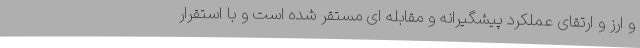
و ارز و ارتقای عملکرد پیشگیرانه و مقابله ای مستقر شده است و با استقرار